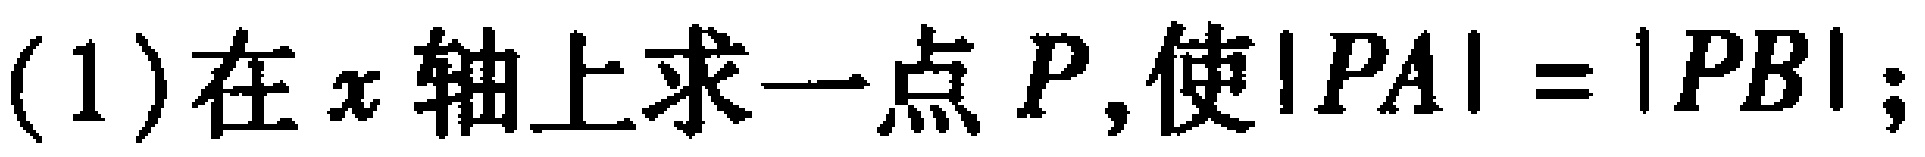
(1)在\(x\)轴上求一点\(P\),使\(\vert PA\vert = \vert PB\vert\);